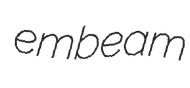
embeam